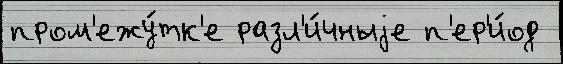
пром'ежу́тк'е разл'и́чныjе п'ер'и́од